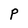
Character: P